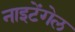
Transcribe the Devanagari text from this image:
नाइटेंगेल